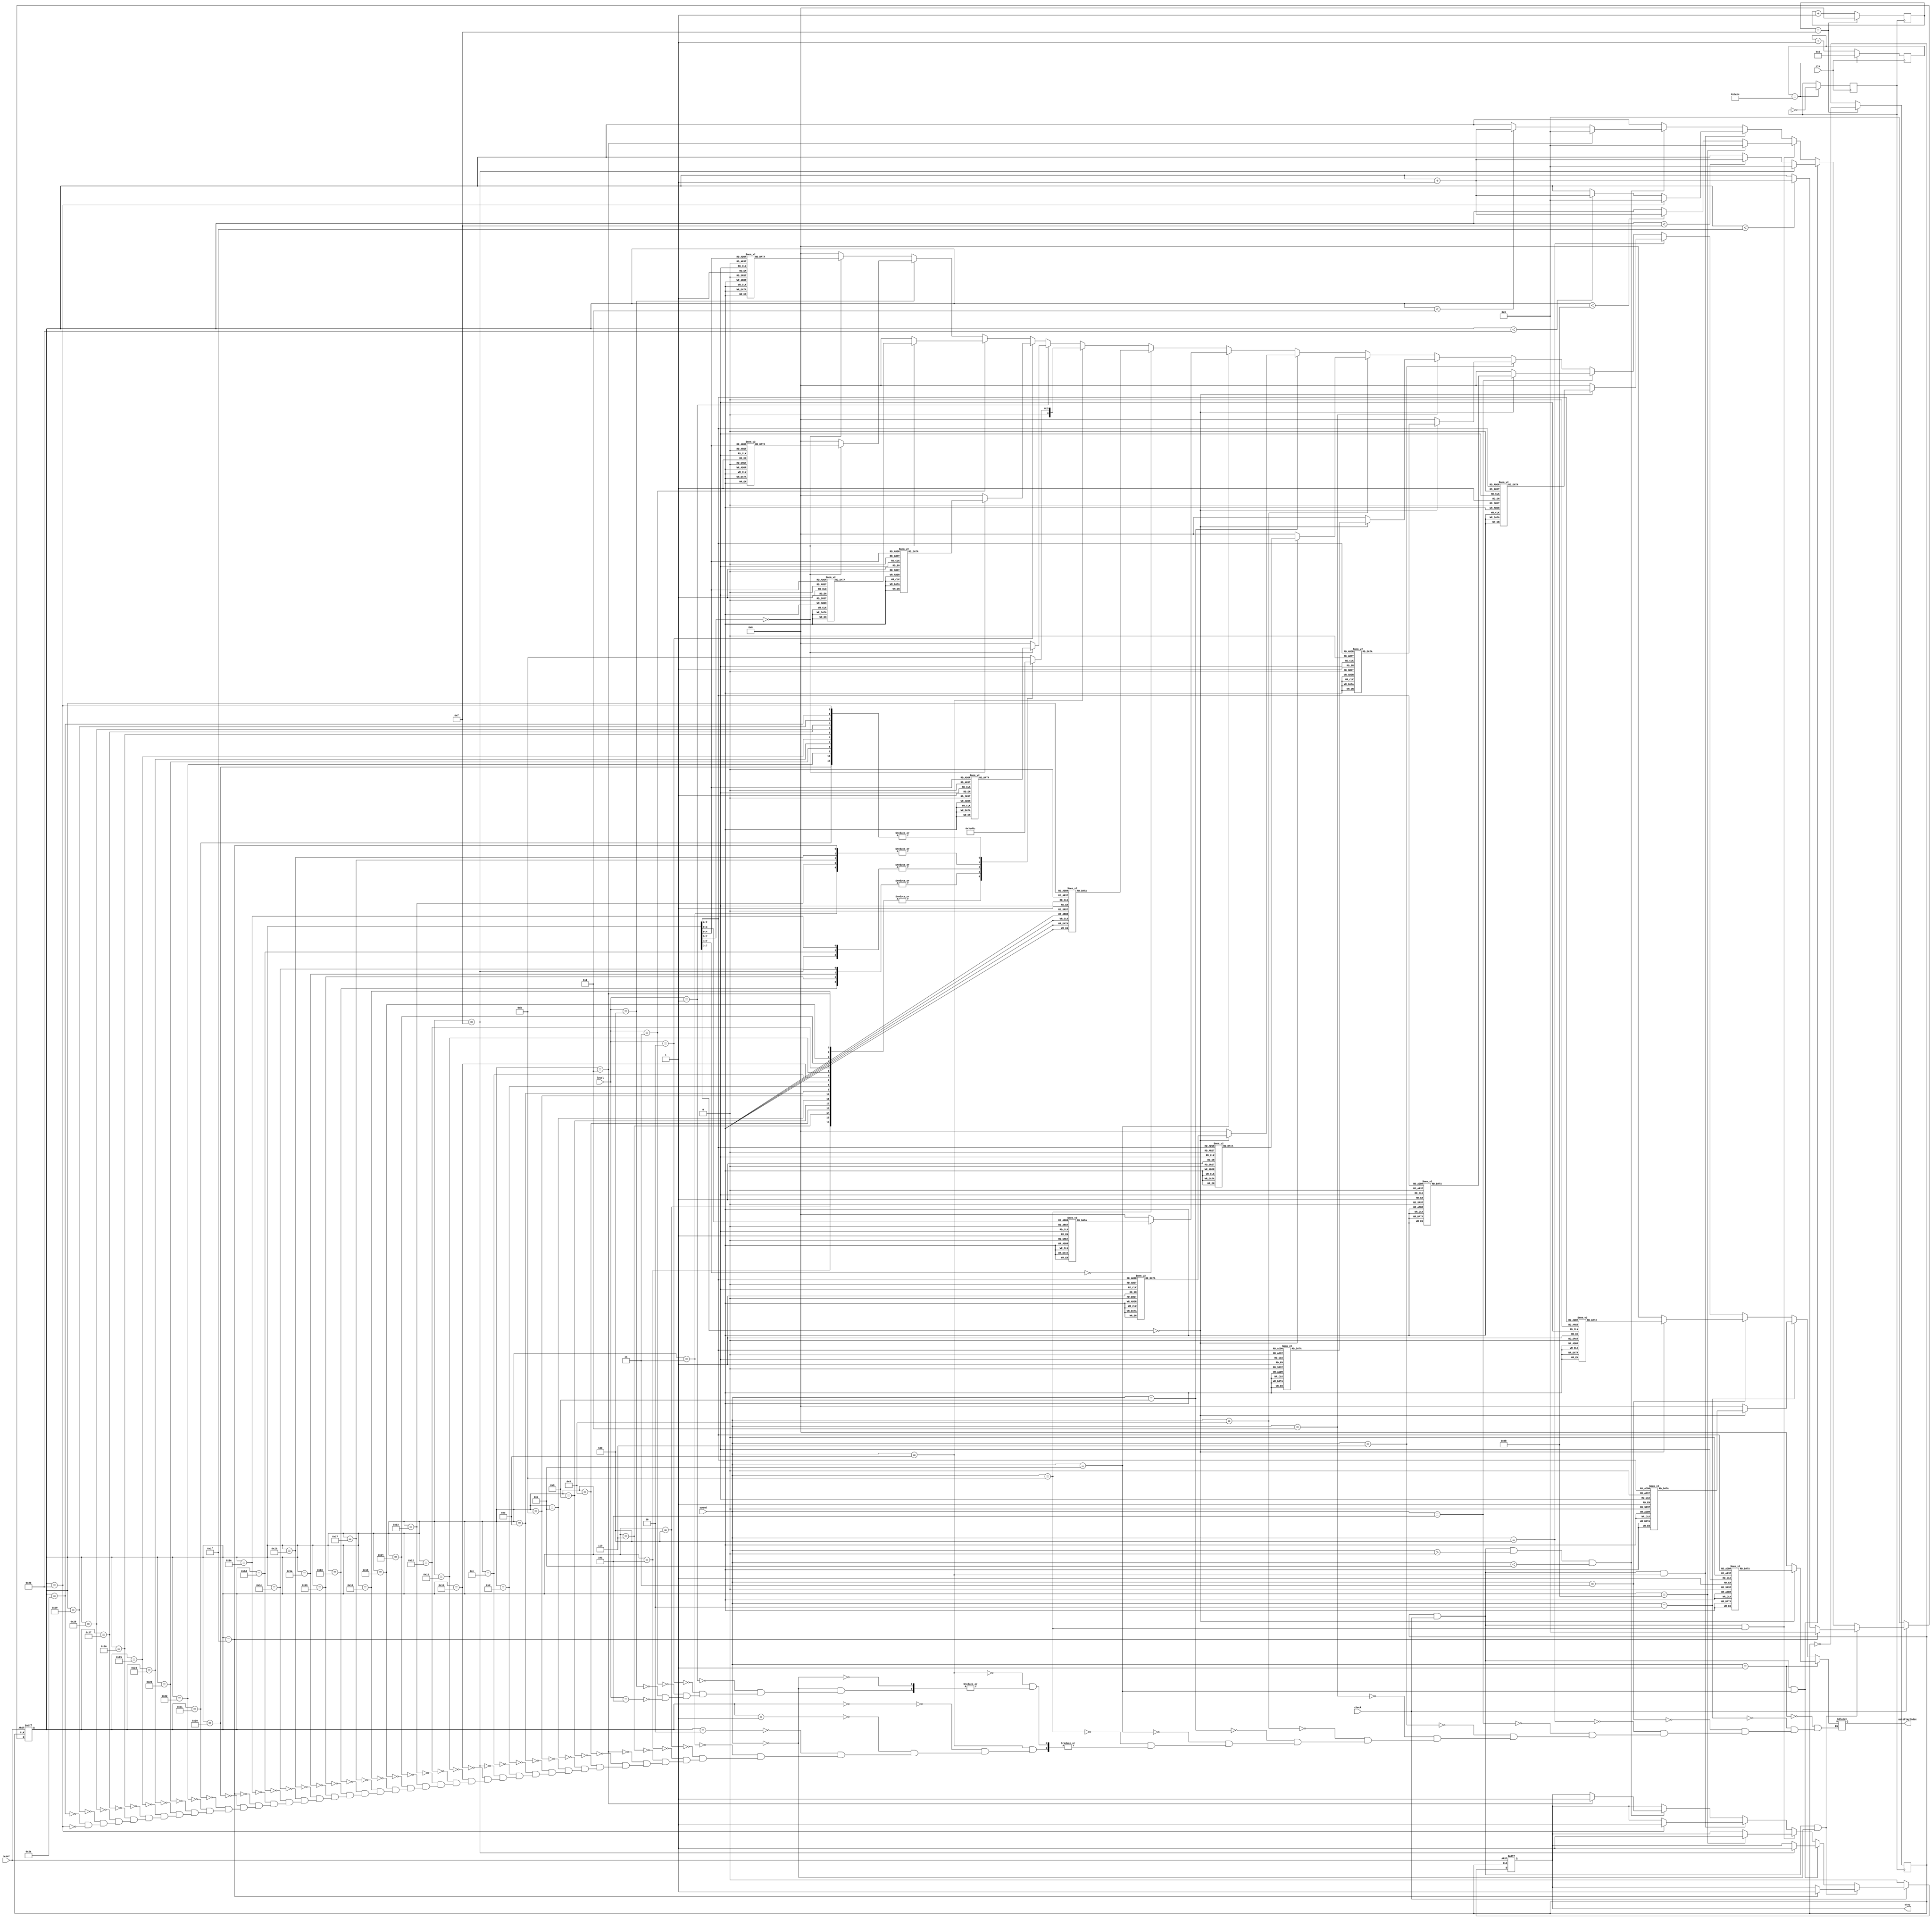
module autoPlay(reset,clk,check,stop,level,sound,autoPlayIndex); //
input reset, clk;
output reg [4:0] autoPlayIndex;
input check;
input [4:0]level;
input [3:0] sound; //
output reg [0:0] stop = 0;

reg jiepai, clk1;
reg [4:0] j = 0;
reg [16:0] clkCount = 0;
reg [7:0] count;

always@(posedge clk)
begin
	if(clkCount == 48828)
	begin
		clkCount = 0;
		clk1 = !clk1;
	end
	else
		clkCount = clkCount + 1;
end

always@(posedge clk1)
begin
	if(j == 15)
	begin
		j <= 0;
		jiepai <= !jiepai;
	end
	else
		j <= j+1;
end

always@(posedge jiepai, negedge reset)
begin
	if(!reset)
	begin
		count <= 0;
		stop = 0;
	end
	else
	begin
		if(jiepai == 1 && check == 1 && sound == 0)
		begin
			if(count == 31)
				begin
					count <= 0;
					stop = 1;
				end
				else if(count < 31)
					count <= count + 1;
		end
		else if(jiepai == 1 && check == 1 && sound == 10)
		begin
			if(count == 15)
				begin
					count <= 0;
					stop = 1;
				end
				else if(count < 15)
					count <= count + 1;
		end
		else if(jiepai == 1 && check == 1 && sound == 11)
		begin
			if(count == 155)
				begin
					count <= 0;
					stop = 1;
				end
				else if(count < 155)
					count <= count + 1;
		end
		else if(jiepai == 1 && check == 1 && sound == 12)
		begin
			if(count == 43)
				begin
					count <= 0;
					stop = 1;
				end
				else if(count < 43)
					count <= count + 1;
		end
		else if(jiepai == 1 && check == 1 && sound > 0 && sound < 10)
		begin
			if(count == 7)
				begin
					count <= 0;
					stop = 1;
				end
				else if(count < 7)
					count <= count + 1;
		end
		
		if(check == 0)
		begin
			count <= 0;
			stop = 0;
		end
	end
end

always@(count)
begin
	if(sound == 1)
	begin
		case(count)
			0   : autoPlayIndex <= 5'b01001;  //1
			1   : autoPlayIndex <= 5'b01001;  //1
			2   : autoPlayIndex <= 5'b01001;  //1
			3   : autoPlayIndex <= 5'b01001;  //1
			4   : autoPlayIndex <= 5'b01001;  //1
			5   : autoPlayIndex <= 5'b01001;  //1
			6   : autoPlayIndex <= 5'b01001;  //1
			7   : autoPlayIndex <= 5'b00000;  //0
			default:autoPlayIndex <= 0;
		endcase
	end
	else if(sound == 2)
	begin
		case(count)
			0   : autoPlayIndex <= 5'b01010;  //2
			1   : autoPlayIndex <= 5'b01010;  //2
			2   : autoPlayIndex <= 5'b01010;  //2
			3   : autoPlayIndex <= 5'b01010;  //2
			4   : autoPlayIndex <= 5'b01010;  //2
			5   : autoPlayIndex <= 5'b01010;  //2
			6   : autoPlayIndex <= 5'b01010;  //2
			7   : autoPlayIndex <= 5'b00000;  //0
			default:autoPlayIndex <= 0;
		endcase
	end
	else if(sound == 3)
	begin
		case(count)
			0   : autoPlayIndex <= 5'b01011;  //3
			1   : autoPlayIndex <= 5'b01011;  //3
			2   : autoPlayIndex <= 5'b01011;  //3
			3   : autoPlayIndex <= 5'b01011;  //3
			4   : autoPlayIndex <= 5'b01011;  //3
			5   : autoPlayIndex <= 5'b01011;  //3
			6   : autoPlayIndex <= 5'b01011;  //3
			7   : autoPlayIndex <= 5'b00000;  //0
			default:autoPlayIndex <= 0;
		endcase
	end
	else if(sound == 4)
	begin
		case(count)
			0   : autoPlayIndex <= 5'b01100;  //4
			1   : autoPlayIndex <= 5'b01100;  //4
			2   : autoPlayIndex <= 5'b01100;  //4
			3   : autoPlayIndex <= 5'b01100;  //4
			4   : autoPlayIndex <= 5'b01100;  //4
			5   : autoPlayIndex <= 5'b01100;  //4
			6   : autoPlayIndex <= 5'b01100;  //4
			7   : autoPlayIndex <= 5'b00000;  //0
			default:autoPlayIndex <= 0;
		endcase
	end
	else if(sound == 5)
	begin
		case(count)
			0   : autoPlayIndex <= 5'b01101;  //5
			1   : autoPlayIndex <= 5'b01101;  //5
			2   : autoPlayIndex <= 5'b01101;  //5
			3   : autoPlayIndex <= 5'b01101;  //5
			4   : autoPlayIndex <= 5'b01101;  //5
			5   : autoPlayIndex <= 5'b01101;  //5
			6   : autoPlayIndex <= 5'b01101;  //5
			7   : autoPlayIndex <= 5'b00000;  //0
			default:autoPlayIndex <= 0;
		endcase
	end
	else if(sound == 6)
	begin
		case(count)
			0   : autoPlayIndex <= 5'b01110;  //6
			1   : autoPlayIndex <= 5'b01110;  //6
			2   : autoPlayIndex <= 5'b01110;  //6
			3   : autoPlayIndex <= 5'b01110;  //6
			4   : autoPlayIndex <= 5'b01110;  //6
			5   : autoPlayIndex <= 5'b01110;  //6
			6   : autoPlayIndex <= 5'b01110;  //6
			7   : autoPlayIndex <= 5'b00000;  //0
			default:autoPlayIndex <= 0;
		endcase
	end
	else if(sound == 7)
	begin
		case(count)
			0   : autoPlayIndex <= 5'b01111;  //7
			1   : autoPlayIndex <= 5'b01111;  //7
			2   : autoPlayIndex <= 5'b01111;  //7
			3   : autoPlayIndex <= 5'b01111;  //7
			4   : autoPlayIndex <= 5'b01111;  //7
			5   : autoPlayIndex <= 5'b01111;  //7
			6   : autoPlayIndex <= 5'b01111;  //7
			7   : autoPlayIndex <= 5'b00000;  //0
			default:autoPlayIndex <= 0;
		endcase
	end
	else if(sound == 8)
	begin
		case(count)
			0   : autoPlayIndex <= 5'b11001;  //1.
			1   : autoPlayIndex <= 5'b11001;  //1.
			2   : autoPlayIndex <= 5'b11001;  //1.
			3   : autoPlayIndex <= 5'b11001;  //1.
			4   : autoPlayIndex <= 5'b11001;  //1.
			5   : autoPlayIndex <= 5'b11001;  //1.
			6   : autoPlayIndex <= 5'b11001;  //1.
			7   : autoPlayIndex <= 5'b00000;  //0
			default:autoPlayIndex <= 0;
		endcase
	end
	else if(sound == 9)
	begin
		case(count)
			0   : autoPlayIndex <= 5'b01001;  //1
			1   : autoPlayIndex <= 5'b01001;  //1
			2   : autoPlayIndex <= 5'b01001;  //1
			3   : autoPlayIndex <= 5'b00000;  //0
			4   : autoPlayIndex <= 5'b01001;  //1
			5   : autoPlayIndex <= 5'b01001;  //1
			6   : autoPlayIndex <= 5'b01001;  //1
			7   : autoPlayIndex <= 5'b00000;  //0
			default : autoPlayIndex <= 0;
		endcase
	end
	else if(sound == 10)
	begin
		case(count)
			0   : autoPlayIndex <= 5'b01001;  //1
			1   : autoPlayIndex <= 5'b01001;  //1
			2   : autoPlayIndex <= 5'b01001;  //1
			3   : autoPlayIndex <= 5'b00000;  //0
			4   : autoPlayIndex <= 5'b01011;  //3
			5   : autoPlayIndex <= 5'b01011;  //3
			6   : autoPlayIndex <= 5'b01011;  //3
			7   : autoPlayIndex <= 5'b00000;  //0
			8   : autoPlayIndex <= 5'b01101;  //5
			9   : autoPlayIndex <= 5'b01101;  //5
			10  : autoPlayIndex <= 5'b01101;  //5
			11  : autoPlayIndex <= 5'b00000;  //0
			12  : autoPlayIndex <= 5'b11001;  //1.
			13  : autoPlayIndex <= 5'b11001;  //1.
			14  : autoPlayIndex <= 5'b11001;  //1.
			15  : autoPlayIndex <= 5'b00000;  //0
			default:autoPlayIndex <= 0;
		endcase
	end
	else if(sound == 11)
	begin
		case(count)
			0   : autoPlayIndex <= 5'b01101;  //5
			1   : autoPlayIndex <= 5'b01101;  //5
			2   : autoPlayIndex <= 5'b01101;  //5
			3   : autoPlayIndex <= 5'b00000;  //0
			4   : autoPlayIndex <= 5'b01001;  //1
			5   : autoPlayIndex <= 5'b01001;  //1
			6   : autoPlayIndex <= 5'b01001;  //1
			7   : autoPlayIndex <= 5'b00000;  //0
			8   : autoPlayIndex <= 5'b01011;  //3
			9   : autoPlayIndex <= 5'b01011;  //3
			10  : autoPlayIndex <= 5'b01011;  //3
			11  : autoPlayIndex <= 5'b00000;  //0
			12  : autoPlayIndex <= 5'b01101;  //5
			13  : autoPlayIndex <= 5'b01101;  //5
			14  : autoPlayIndex <= 5'b01101;  //5
			15  : autoPlayIndex <= 5'b01110;  //0
			16  : autoPlayIndex <= 5'b01001;  //1
			17  : autoPlayIndex <= 5'b01001;  //1
			18  : autoPlayIndex <= 5'b01001;  //1
			19  : autoPlayIndex <= 5'b00000;  //0
			20  : autoPlayIndex <= 5'b01011;  //3
			21  : autoPlayIndex <= 5'b01011;  //3
			22  : autoPlayIndex <= 5'b01011;  //3
			23  : autoPlayIndex <= 5'b00000;  //0
			24  : autoPlayIndex <= 5'b01101;  //5
			25  : autoPlayIndex <= 5'b01101;  //5
			26  : autoPlayIndex <= 5'b01101;  //5
			27  : autoPlayIndex <= 5'b01101;  //5
			28  : autoPlayIndex <= 5'b01101;  //5
			29  : autoPlayIndex <= 5'b01101;  //5
			30  : autoPlayIndex <= 5'b01101;  //5
			31  : autoPlayIndex <= 5'b01101;  //5
			32  : autoPlayIndex <= 5'b01101;  //5
			33  : autoPlayIndex <= 5'b01101;  //5
			34  : autoPlayIndex <= 5'b01101;  //5
			35  : autoPlayIndex <= 5'b00000;  //0
			36  : autoPlayIndex <= 5'b01011;  //3
			37  : autoPlayIndex <= 5'b01011;  //3
			38  : autoPlayIndex <= 5'b01011;  //3
			39  : autoPlayIndex <= 5'b01011;  //3
			40  : autoPlayIndex <= 5'b01011;  //3
			41  : autoPlayIndex <= 5'b01011;  //3
			42  : autoPlayIndex <= 5'b01011;  //3
			43  : autoPlayIndex <= 5'b01011;  //3
			44  : autoPlayIndex <= 5'b01011;  //3
			45  : autoPlayIndex <= 5'b01011;  //3
			46  : autoPlayIndex <= 5'b01011;  //3
			47  : autoPlayIndex <= 5'b00000;  //0
			48  : autoPlayIndex <= 5'b00010;  //6b
			49  : autoPlayIndex <= 5'b00010;  //6b
			50  : autoPlayIndex <= 5'b00010;  //6b
			51  : autoPlayIndex <= 5'b00000;  //0
			52  : autoPlayIndex <= 5'b01001;  //1
			53  : autoPlayIndex <= 5'b01001;  //1
			54  : autoPlayIndex <= 5'b01001;  //1
			55  : autoPlayIndex <= 5'b00000;  //0
			56  : autoPlayIndex <= 5'b00001;  //3b
			57  : autoPlayIndex <= 5'b00001;  //3b
			58  : autoPlayIndex <= 5'b00001;  //3b
			59  : autoPlayIndex <= 5'b00000;  //0
			60  : autoPlayIndex <= 5'b00010;  //6b
			61  : autoPlayIndex <= 5'b00010;  //6b
			62  : autoPlayIndex <= 5'b00010;  //6b
			63  : autoPlayIndex <= 5'b00000;  //0
			64  : autoPlayIndex <= 5'b11001;  //1
			65  : autoPlayIndex <= 5'b01001;  //1
			66  : autoPlayIndex <= 5'b01001;  //1
			67  : autoPlayIndex <= 5'b00000;  //0
			68  : autoPlayIndex <= 5'b00001;  //3b
			69  : autoPlayIndex <= 5'b00001;  //3b
			70  : autoPlayIndex <= 5'b00001;  //3b
			71  : autoPlayIndex <= 5'b00000;  //0
			72  : autoPlayIndex <= 5'b00010;  //6b
			73  : autoPlayIndex <= 5'b00010;  //6b
			74  : autoPlayIndex <= 5'b00010;  //6b
			75  : autoPlayIndex <= 5'b00010;  //6b
			76  : autoPlayIndex <= 5'b00010;  //6b
			77  : autoPlayIndex <= 5'b00010;  //6b
			78  : autoPlayIndex <= 5'b00010;  //6b
			79  : autoPlayIndex <= 5'b00010;  //6b
			80  : autoPlayIndex <= 5'b00010;  //6b
			81  : autoPlayIndex <= 5'b00010;  //6b
			82  : autoPlayIndex <= 5'b00010;  //6b
			83  : autoPlayIndex <= 5'b00000;  //0
			84  : autoPlayIndex <= 5'b00001;  //3b
			85  : autoPlayIndex <= 5'b00001;  //3b
			86  : autoPlayIndex <= 5'b00001;  //3b
			87  : autoPlayIndex <= 5'b00001;  //3b
			88  : autoPlayIndex <= 5'b00001;  //3b
			89  : autoPlayIndex <= 5'b00001;  //3b
			90  : autoPlayIndex <= 5'b00001;  //3b
			91  : autoPlayIndex <= 5'b00001;  //3b
			92  : autoPlayIndex <= 5'b00001;  //3b
			93  : autoPlayIndex <= 5'b00001;  //3b
			94  : autoPlayIndex <= 5'b00001;  //3b
			95  : autoPlayIndex <= 5'b00000;  //0
			96  : autoPlayIndex <= 5'b00011;  //b7
			97  : autoPlayIndex <= 5'b00011;  //b7
			98  : autoPlayIndex <= 5'b00011;  //b7
			99  : autoPlayIndex <= 5'b00000;  //0
			100 : autoPlayIndex <= 5'b01010;  //2
			101 : autoPlayIndex <= 5'b01010;  //2
			102 : autoPlayIndex <= 5'b01010;  //2
			103 : autoPlayIndex <= 5'b00000;  //0
			104 : autoPlayIndex <= 5'b01100;  //4
			105 : autoPlayIndex <= 5'b01100;  //4
			106 : autoPlayIndex <= 5'b01100;  //4
			107 : autoPlayIndex <= 5'b00000;  //0
			108 : autoPlayIndex <= 5'b00011;  //b7
			109 : autoPlayIndex <= 5'b00011;  //b7
			110 : autoPlayIndex <= 5'b00011;  //b7
			111 : autoPlayIndex <= 5'b00000;  //0
			112 : autoPlayIndex <= 5'b01010;  //2
			113 : autoPlayIndex <= 5'b01010;  //2
			114 : autoPlayIndex <= 5'b01010;  //2
			115 : autoPlayIndex <= 5'b00000;  //0
			116 : autoPlayIndex <= 5'b01100;  //4
			117 : autoPlayIndex <= 5'b01100;  //4
			118 : autoPlayIndex <= 5'b01100;  //4
			119 : autoPlayIndex <= 5'b00000;  //0
			120 : autoPlayIndex <= 5'b00011;  //b7
			121 : autoPlayIndex <= 5'b00011;  //b7
			122 : autoPlayIndex <= 5'b00011;  //b7
			123 : autoPlayIndex <= 5'b00011;  //b7
			124 : autoPlayIndex <= 5'b00011;  //b7
			125 : autoPlayIndex <= 5'b00011;  //b7
			126 : autoPlayIndex <= 5'b00011;  //b7
			127 : autoPlayIndex <= 5'b00011;  //b7
			128 : autoPlayIndex <= 5'b00011;  //b7
			129 : autoPlayIndex <= 5'b00011;  //b7
			130 : autoPlayIndex <= 5'b00011;  //b7
			131 : autoPlayIndex <= 5'b00000;  //0
			132 : autoPlayIndex <= 5'b00011;  //b7
			133 : autoPlayIndex <= 5'b00011;  //b7
			134 : autoPlayIndex <= 5'b00011;  //b7
			135 : autoPlayIndex <= 5'b00000;  //0
			136 : autoPlayIndex <= 5'b00011;  //b7
			137 : autoPlayIndex <= 5'b00011;  //b7
			138 : autoPlayIndex <= 5'b00011;  //b7
			139 : autoPlayIndex <= 5'b00000;  //0
			140 : autoPlayIndex <= 5'b00011;  //b7
			141 : autoPlayIndex <= 5'b00011;  //b7
			142 : autoPlayIndex <= 5'b00011;  //b7
			143 : autoPlayIndex <= 5'b00000;  //0
			144 : autoPlayIndex <= 5'b11001;  //1.
			145 : autoPlayIndex <= 5'b11001;  //1.
			146 : autoPlayIndex <= 5'b11001;  //1.
			147 : autoPlayIndex <= 5'b11001;  //1.
			148 : autoPlayIndex <= 5'b11001;  //1.
			149 : autoPlayIndex <= 5'b11001;  //1.
			150 : autoPlayIndex <= 5'b11001;  //1.
			151 : autoPlayIndex <= 5'b11001;  //1.
			152 : autoPlayIndex <= 5'b11001;  //1.
			153 : autoPlayIndex <= 5'b11001;  //1.
			154 : autoPlayIndex <= 5'b11001;  //1.
			155 : autoPlayIndex <= 5'b00000;  //0
			default:autoPlayIndex <= 0;
		endcase
	end
	else if(sound == 12)
	begin
		case(count)
			0   : autoPlayIndex <= 5'b01011;  //3
			1   : autoPlayIndex <= 5'b01011;  //3
			2   : autoPlayIndex <= 5'b01011;  //3
			3   : autoPlayIndex <= 5'b00000;  //0
			4   : autoPlayIndex <= 5'b00011;  //6.5 b7
			5   : autoPlayIndex <= 5'b00011;  //6.5 b7
			6   : autoPlayIndex <= 5'b00011;  //6.5 b7
			7   : autoPlayIndex <= 5'b00011;  //6.5 b7
			8   : autoPlayIndex <= 5'b00011;  //6.5 b7
			9   : autoPlayIndex <= 5'b00011;  //6.5 b7
			10  : autoPlayIndex <= 5'b00011;  //6.5 b7
			11  : autoPlayIndex <= 5'b00011;  //6.5 b7
			12  : autoPlayIndex <= 5'b00011;  //6.5 b7
			13  : autoPlayIndex <= 5'b00011;  //6.5 b7
			14  : autoPlayIndex <= 5'b00011;  //6.5 b7
			15  : autoPlayIndex <= 5'b01110;  //0
			16  : autoPlayIndex <= 5'b00011;  //6.5 b7
			17  : autoPlayIndex <= 5'b00011;  //6.5 b7
			18  : autoPlayIndex <= 5'b00011;  //6.5 b7
			19  : autoPlayIndex <= 5'b00000;  //0
			20  : autoPlayIndex <= 5'b00011;  //6.5 b7
			21  : autoPlayIndex <= 5'b00011;  //6.5 b7
			22  : autoPlayIndex <= 5'b00011;  //6.5 b7
			23  : autoPlayIndex <= 5'b00000;  //0
			24  : autoPlayIndex <= 5'b01110;  //6
			25  : autoPlayIndex <= 5'b01110;  //6
			26  : autoPlayIndex <= 5'b01110;  //6
			27  : autoPlayIndex <= 5'b00000;  //0
			28  : autoPlayIndex <= 5'b01101;  //5
			29  : autoPlayIndex <= 5'b01101;  //5
			30  : autoPlayIndex <= 5'b01101;  //5
			31  : autoPlayIndex <= 5'b00000;  //0
			32  : autoPlayIndex <= 5'b01100;  //4
			33  : autoPlayIndex <= 5'b01100;  //4
			34  : autoPlayIndex <= 5'b01100;  //4
			35  : autoPlayIndex <= 5'b01100;  //4
			36  : autoPlayIndex <= 5'b01100;  //4
			37  : autoPlayIndex <= 5'b01100;  //4
			38  : autoPlayIndex <= 5'b01100;  //4
			39  : autoPlayIndex <= 5'b01100;  //4
			40  : autoPlayIndex <= 5'b01100;  //4
			41  : autoPlayIndex <= 5'b01100;  //4
			42  : autoPlayIndex <= 5'b01100;  //4
			43  : autoPlayIndex <= 5'b01100;  //4
		endcase
	end
	else if(sound == 0)
	begin
		if(level == 1)
		begin
			case(count)
				0   : autoPlayIndex <= 5'b01001;  //1
				1   : autoPlayIndex <= 5'b01001;  //1
				2   : autoPlayIndex <= 5'b01001;  //1
				3   : autoPlayIndex <= 5'b01001;  //1
				4   : autoPlayIndex <= 5'b01001;  //1
				5   : autoPlayIndex <= 5'b01001;  //1
				6   : autoPlayIndex <= 5'b01001;  //1
				7   : autoPlayIndex <= 5'b00000;  //0
				8   : autoPlayIndex <= 5'b01001;  //1
				9   : autoPlayIndex <= 5'b01001;  //1
				10  : autoPlayIndex <= 5'b01001;  //1
				11  : autoPlayIndex <= 5'b01001;  //1
				12  : autoPlayIndex <= 5'b01001;  //1
				13  : autoPlayIndex <= 5'b01001;  //1
				14  : autoPlayIndex <= 5'b01001;  //1
				15  : autoPlayIndex <= 5'b00000;  //0
				16  : autoPlayIndex <= 5'b01101;  //5
				17  : autoPlayIndex <= 5'b01101;  //5
				18  : autoPlayIndex <= 5'b01101;  //5
				19  : autoPlayIndex <= 5'b01101;  //5
				20  : autoPlayIndex <= 5'b01101;  //5
				21  : autoPlayIndex <= 5'b01101;  //5
				22  : autoPlayIndex <= 5'b01101;  //5
				23  : autoPlayIndex <= 5'b00000;  //0
				24  : autoPlayIndex <= 5'b01101;  //5
				25  : autoPlayIndex <= 5'b01101;  //5
				26  : autoPlayIndex <= 5'b01101;  //5
				27  : autoPlayIndex <= 5'b01101;  //5
				28  : autoPlayIndex <= 5'b01101;  //5
				29  : autoPlayIndex <= 5'b01101;  //5
				30  : autoPlayIndex <= 5'b01101;  //5
				31  : autoPlayIndex <= 5'b00000;  //0
				default : autoPlayIndex <= 0;
			endcase
		end
		else if(level == 2)
		begin
			case(count)
				0   : autoPlayIndex <= 5'b01011;  //3
				1   : autoPlayIndex <= 5'b01011;  //3
				2   : autoPlayIndex <= 5'b01011;  //3
				3   : autoPlayIndex <= 5'b01011;  //3
				4   : autoPlayIndex <= 5'b01011;  //3
				5   : autoPlayIndex <= 5'b01011;  //3
				6   : autoPlayIndex <= 5'b01011;  //3
				7   : autoPlayIndex <= 5'b00000;  //0
				8   : autoPlayIndex <= 5'b01010;  //2
				9   : autoPlayIndex <= 5'b01010;  //2
				10  : autoPlayIndex <= 5'b01010;  //2
				11  : autoPlayIndex <= 5'b01010;  //2
				12  : autoPlayIndex <= 5'b01010;  //2
				13  : autoPlayIndex <= 5'b01010;  //2
				14  : autoPlayIndex <= 5'b01010;  //2
				15  : autoPlayIndex <= 5'b00000;  //0
				16  : autoPlayIndex <= 5'b01011;  //3
				17  : autoPlayIndex <= 5'b01011;  //3
				18  : autoPlayIndex <= 5'b01011;  //3
				19  : autoPlayIndex <= 5'b01011;  //3
				20  : autoPlayIndex <= 5'b01011;  //3
				21  : autoPlayIndex <= 5'b01011;  //3
				22  : autoPlayIndex <= 5'b01011;  //3
				23  : autoPlayIndex <= 5'b00000;  //0
				24  : autoPlayIndex <= 5'b01010;  //2
				25  : autoPlayIndex <= 5'b01010;  //2
				26  : autoPlayIndex <= 5'b01010;  //2
				27  : autoPlayIndex <= 5'b01010;  //2
				28  : autoPlayIndex <= 5'b01010;  //2
				29  : autoPlayIndex <= 5'b01010;  //2
				30  : autoPlayIndex <= 5'b01010;  //2
				31  : autoPlayIndex <= 5'b00000;  //0
				default : autoPlayIndex <= 0;
			endcase
		end
		else if(level == 3)
		begin
			case(count)
				0   : autoPlayIndex <= 5'b01011;  //3
				1   : autoPlayIndex <= 5'b01011;  //3
				2   : autoPlayIndex <= 5'b01011;  //3
				3   : autoPlayIndex <= 5'b01011;  //3
				4   : autoPlayIndex <= 5'b01011;  //3
				5   : autoPlayIndex <= 5'b01011;  //3
				6   : autoPlayIndex <= 5'b01011;  //3
				7   : autoPlayIndex <= 5'b00000;  //0
				8   : autoPlayIndex <= 5'b01101;  //5
				9   : autoPlayIndex <= 5'b01101;  //5
				10  : autoPlayIndex <= 5'b01101;  //5
				11  : autoPlayIndex <= 5'b01101;  //5
				12  : autoPlayIndex <= 5'b01101;  //5
				13  : autoPlayIndex <= 5'b01101;  //5
				14  : autoPlayIndex <= 5'b01101;  //5
				15  : autoPlayIndex <= 5'b00000;  //0
				16  : autoPlayIndex <= 5'b01110;  //6
				17  : autoPlayIndex <= 5'b01110;  //6
				18  : autoPlayIndex <= 5'b01110;  //6
				19  : autoPlayIndex <= 5'b01110;  //6
				20  : autoPlayIndex <= 5'b01110;  //6
				21  : autoPlayIndex <= 5'b01110;  //6
				22  : autoPlayIndex <= 5'b01110;  //6
				23  : autoPlayIndex <= 5'b00000;  //0
				24  : autoPlayIndex <= 5'b01101;  //5
				25  : autoPlayIndex <= 5'b01101;  //5
				26  : autoPlayIndex <= 5'b01101;  //5
				27  : autoPlayIndex <= 5'b01101;  //5
				28  : autoPlayIndex <= 5'b01101;  //5
				29  : autoPlayIndex <= 5'b01101;  //5
				30  : autoPlayIndex <= 5'b01101;  //5
				31  : autoPlayIndex <= 5'b00000;  //0
				default : autoPlayIndex <= 0;
			endcase
		end
		else if(level == 4)
		begin
			case(count)
				0   : autoPlayIndex <= 5'b11001;  //1.
				1   : autoPlayIndex <= 5'b11001;  //1.
				2   : autoPlayIndex <= 5'b11001;  //1.
				3   : autoPlayIndex <= 5'b11001;  //1.
				4   : autoPlayIndex <= 5'b11001;  //1.
				5   : autoPlayIndex <= 5'b11001;  //1.
				6   : autoPlayIndex <= 5'b11001;  //1.
				7   : autoPlayIndex <= 5'b00000;  //0
				8   : autoPlayIndex <= 5'b01100;  //4
				9   : autoPlayIndex <= 5'b01100;  //4
				10  : autoPlayIndex <= 5'b01100;  //4
				11  : autoPlayIndex <= 5'b01100;  //4
				12  : autoPlayIndex <= 5'b01100;  //4
				13  : autoPlayIndex <= 5'b01100;  //4
				14  : autoPlayIndex <= 5'b01100;  //4
				15  : autoPlayIndex <= 5'b00000;  //0
				16  : autoPlayIndex <= 5'b01111;  //7
				17  : autoPlayIndex <= 5'b01111;  //7
				18  : autoPlayIndex <= 5'b01111;  //7
				19  : autoPlayIndex <= 5'b01111;  //7
				20  : autoPlayIndex <= 5'b01111;  //7
				21  : autoPlayIndex <= 5'b01111;  //7
				22  : autoPlayIndex <= 5'b01111;  //7
				23  : autoPlayIndex <= 5'b00000;  //0
				24  : autoPlayIndex <= 5'b01011;  //3
				25  : autoPlayIndex <= 5'b01011;  //3
				26  : autoPlayIndex <= 5'b01011;  //3
				27  : autoPlayIndex <= 5'b01011;  //3
				28  : autoPlayIndex <= 5'b01011;  //3
				29  : autoPlayIndex <= 5'b01011;  //3
				30  : autoPlayIndex <= 5'b01011;  //3
				31  : autoPlayIndex <= 5'b00000;  //0
				default : autoPlayIndex <= 0;
			endcase
		end
		else if(level == 5)
		begin
			case(count)
				0   : autoPlayIndex <= 5'b01010;  //2
				1   : autoPlayIndex <= 5'b01010;  //2
				2   : autoPlayIndex <= 5'b01010;  //2
				3   : autoPlayIndex <= 5'b01010;  //2
				4   : autoPlayIndex <= 5'b01010;  //2
				5   : autoPlayIndex <= 5'b01010;  //2
				6   : autoPlayIndex <= 5'b01010;  //2
				7   : autoPlayIndex <= 5'b00000;  //0
				8   : autoPlayIndex <= 5'b01101;  //5
				9   : autoPlayIndex <= 5'b01101;  //5
				10  : autoPlayIndex <= 5'b01101;  //5
				11  : autoPlayIndex <= 5'b01101;  //5
				12  : autoPlayIndex <= 5'b01101;  //5
				13  : autoPlayIndex <= 5'b01101;  //5
				14  : autoPlayIndex <= 5'b01101;  //5
				15  : autoPlayIndex <= 5'b01110;  //0
				16  : autoPlayIndex <= 5'b01011;  //3
				17  : autoPlayIndex <= 5'b01011;  //3
				18  : autoPlayIndex <= 5'b01011;  //3
				19  : autoPlayIndex <= 5'b01011;  //3
				20  : autoPlayIndex <= 5'b01011;  //3
				21  : autoPlayIndex <= 5'b01011;  //3
				22  : autoPlayIndex <= 5'b01011;  //3
				23  : autoPlayIndex <= 5'b00000;  //0
				24  : autoPlayIndex <= 5'b01001;  //1
				25  : autoPlayIndex <= 5'b01001;  //1
				26  : autoPlayIndex <= 5'b01001;  //1
				27  : autoPlayIndex <= 5'b01001;  //1
				28  : autoPlayIndex <= 5'b01001;  //1
				29  : autoPlayIndex <= 5'b01001;  //1
				30  : autoPlayIndex <= 5'b01001;  //1
				31  : autoPlayIndex <= 5'b00000;  //0
				default : autoPlayIndex <= 0;
			endcase
		end
	end	
end

endmodule